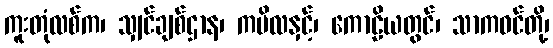
ကူးတုံလစ်က၊ သျှင်ချစ်ဌာန၊ ကပိလနှင့်၊ ကောဠိယတွင်၊ သာကဝင်တို့၊